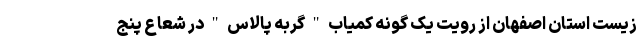
زیست استان اصفهان از رویت یک گونه کمیاب " گربه پالاس " در شعاع پنج